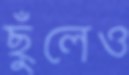
ছুঁলেও